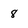
Character: 8